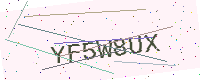
Text: YF5W8UX